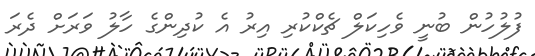
ފުލުހުން ބުނީ ވެހިކަލް ޗެކްކުރި އިރު އެ ކުދިންގެ ހާލު ވަރަށް ދެރަ